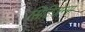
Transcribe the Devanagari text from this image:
सिटिजेन्स